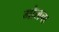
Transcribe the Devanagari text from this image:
गोलचा